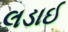
લડાઈ